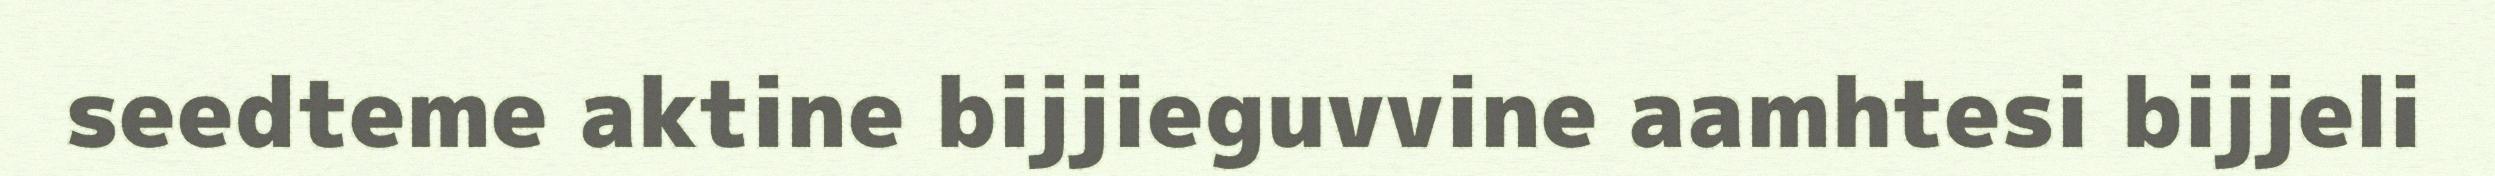
seedteme aktine bijjieguvvine aamhtesi bijjeli